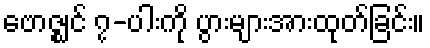
ဗောဇ္ဈင် ၇-ပါးကို ပွားများအားထုတ်ခြင်း။